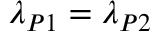
\lambda _ { P 1 } = \lambda _ { P 2 }